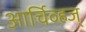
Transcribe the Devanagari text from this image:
आर्चिव्हज्